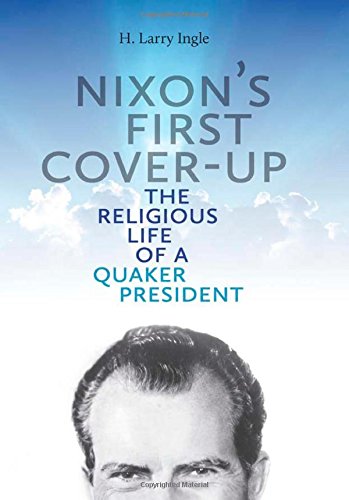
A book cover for Nixon's First Cover-up: The Religious Life of a Quaker President; H. Larry Ingle; Christian Books & Bibles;